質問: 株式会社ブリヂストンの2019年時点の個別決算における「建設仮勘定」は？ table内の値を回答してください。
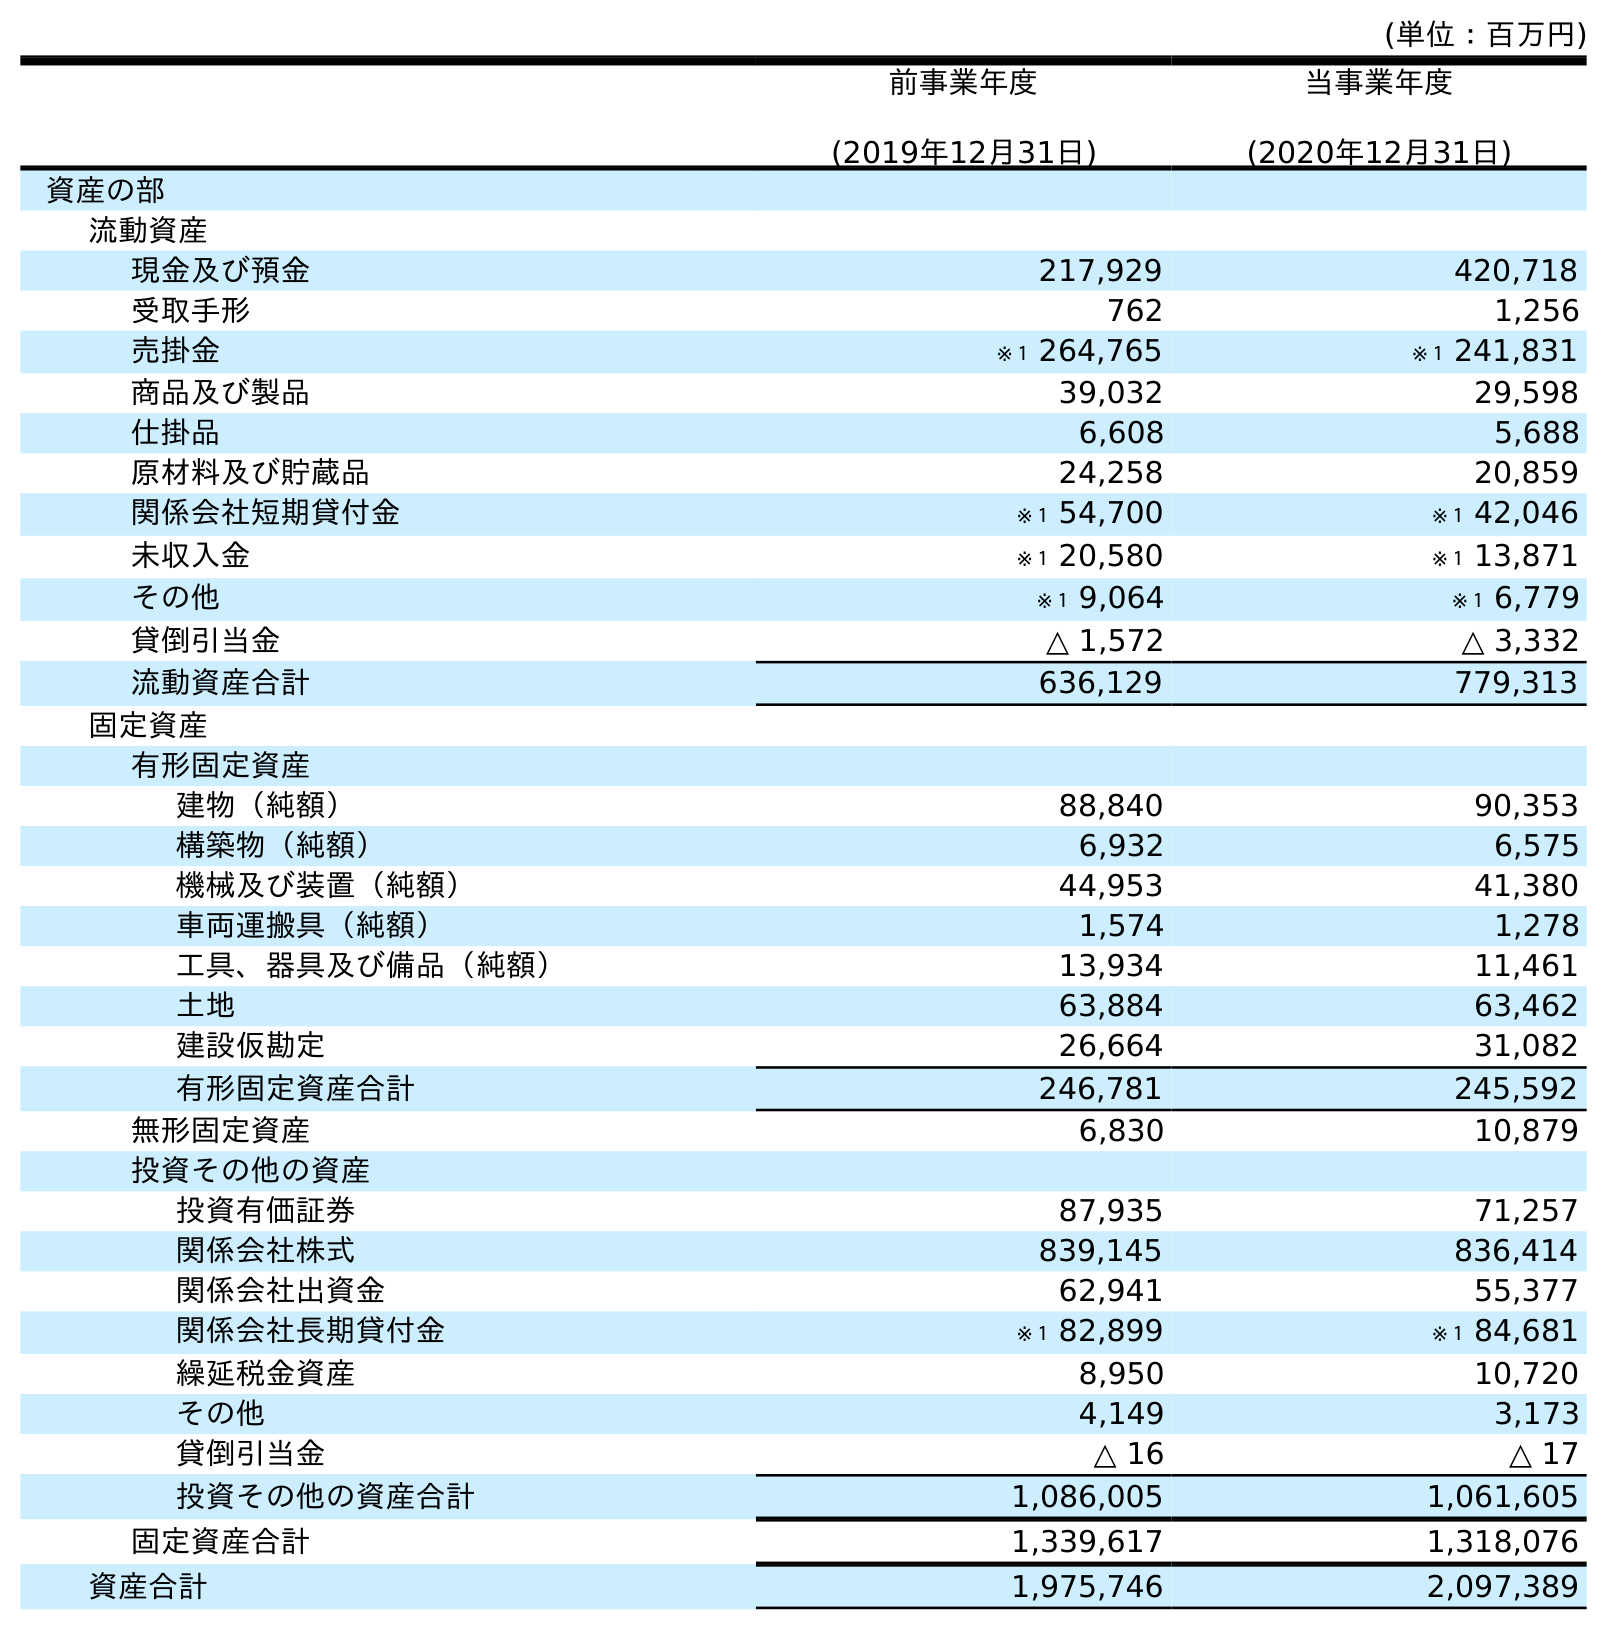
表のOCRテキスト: (単位：百万円) 前事業年度 (2019年12月31日) 当事業年度 (2020年12月31日) 資産の部 流動資産 現金及び預金 217,929 420,718 受取手形 762 1,256 売掛金 ※１ 264,765 ※１ 241,831 商品及び製品 39,032 29,598 仕掛品 6,608 5,688 原材料及び貯蔵品 24,258 20,859 関係会社短期貸付金 ※１ 54,700 ※１ 42,046 未収入金 ※１ 20,580 ※１ 13,871 その他 ※１ 9,064 ※１ 6,779 貸倒引当金 △ 1,572 △ 3,332 流動資産合計 636,129 779,313 固定資産 有形固定資産 建物（純額） 88,840 90,353 構築物（純額） 6,932 6,575 機械及び装置（純額） 44,953 41,380 車両運搬具（純額） 1,574 1,278 工具、器具及び備品（純額） 13,934 11,461 土地 63,884 63,462 建設仮勘定 26,664 31,082 有形固定資産合計 246,781 245,592 無形固定資産 6,830 10,879 投資その他の資産 投資有価証券 87,935 71,257 関係会社株式 839,145 836,414 関係会社出資金 62,941 55,377 関係会社長期貸付金 ※１ 82,899 ※１ 84,681 繰延税金資産 8,950 10,720 その他 4,149 3,173 貸倒引当金 △ 16 △ 17 投資その他の資産合計 1,086,005 1,061,605 固定資産合計 1,339,617 1,318,076 資産合計 1,975,746 2,097,389
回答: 26,664